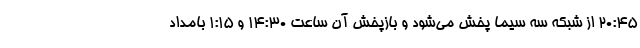
۲۰:۴۵ از شبکه سه سیما پخش می‌شود و بازپخش آن ساعت ۱۴:۳۰ و ۱:۱۵ بامداد